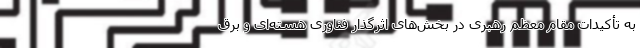
به تأکیدات مقام معظم رهبری در بخش‌های اثرگذار فناوری هسته‌ای و برق